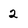
Character: 2